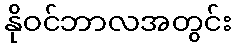
နိုဝင်ဘာလအတွင်း